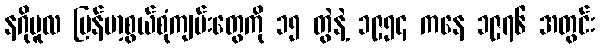
နဂိုမူလ မြန်မာ့စွယ်စုံကျမ်းတွေကို ၁၅ တွဲနဲ့ ၁၉၅၄ ကနေ ၁၉၇၆ အတွင်း